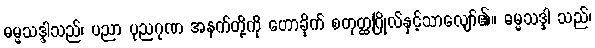
ဓမ္မသဒ္ဒါသည်၊ ပညာ ပုညဂုဏ အနက်တို့ကို ဟောခိုက် စတုတ္ထဂြိုလ်နှင့်သာလျော်၏။ ဓမ္မသဒ္ဒါ သည်၊